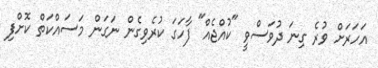
އަހަރަށް ވުރެ ގިނަ ދުވަސްވީ "ކުއްޖެއް" ފާހަގަ ކުރެވިގެން ނަގަން މަސައްކަތް ކޮށްފި